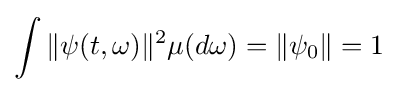
\int \|\psi (t,\omega )\|^{2}\mu (d\omega )=\|\psi _{0}\|=1